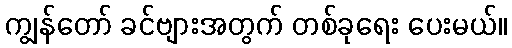
ကျွန်တော် ခင်ဗျားအတွက် တစ်ခုရေး ပေးမယ်။